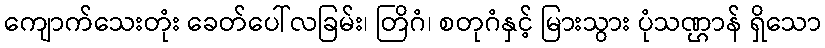
ကျောက်သေးတုံး ခေတ်ပေါ်လခြမ်း၊ တြိဂံ၊ စတုဂံနှင့် မြားသွား ပုံသဏ္ဌာန် ရှိသော